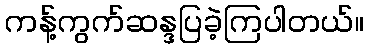
ကန့်ကွက်ဆန္ဒပြခဲ့ကြပါတယ်။